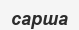
сарша